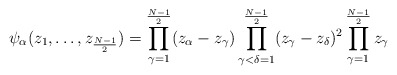
\begin{align*}\psi_{\alpha}(z_{1},\ldots,z_{\frac{N-1}{2}})=\prod_{\gamma=1}^{\frac{N-1}{2}}(z_{\alpha}-z_{\gamma})\prod_{\gamma<\delta=1}^{\frac{N-1}{2}}(z_{\gamma} -z_{\delta})^{2}\prod_{\gamma=1}^{\frac{N-1}{2}}z_{\gamma}\end{align*}